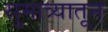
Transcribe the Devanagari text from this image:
सुमात्र्यातून